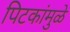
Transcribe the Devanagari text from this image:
पिटकांमुळे